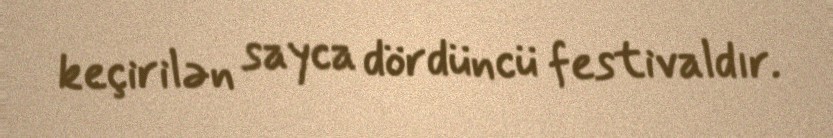
keçirilən sayca dördüncü festivaldır.